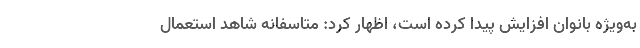
به‌ویژه بانوان افزایش پیدا کرده است، اظهار کرد: متاسفانه شاهد استعمال